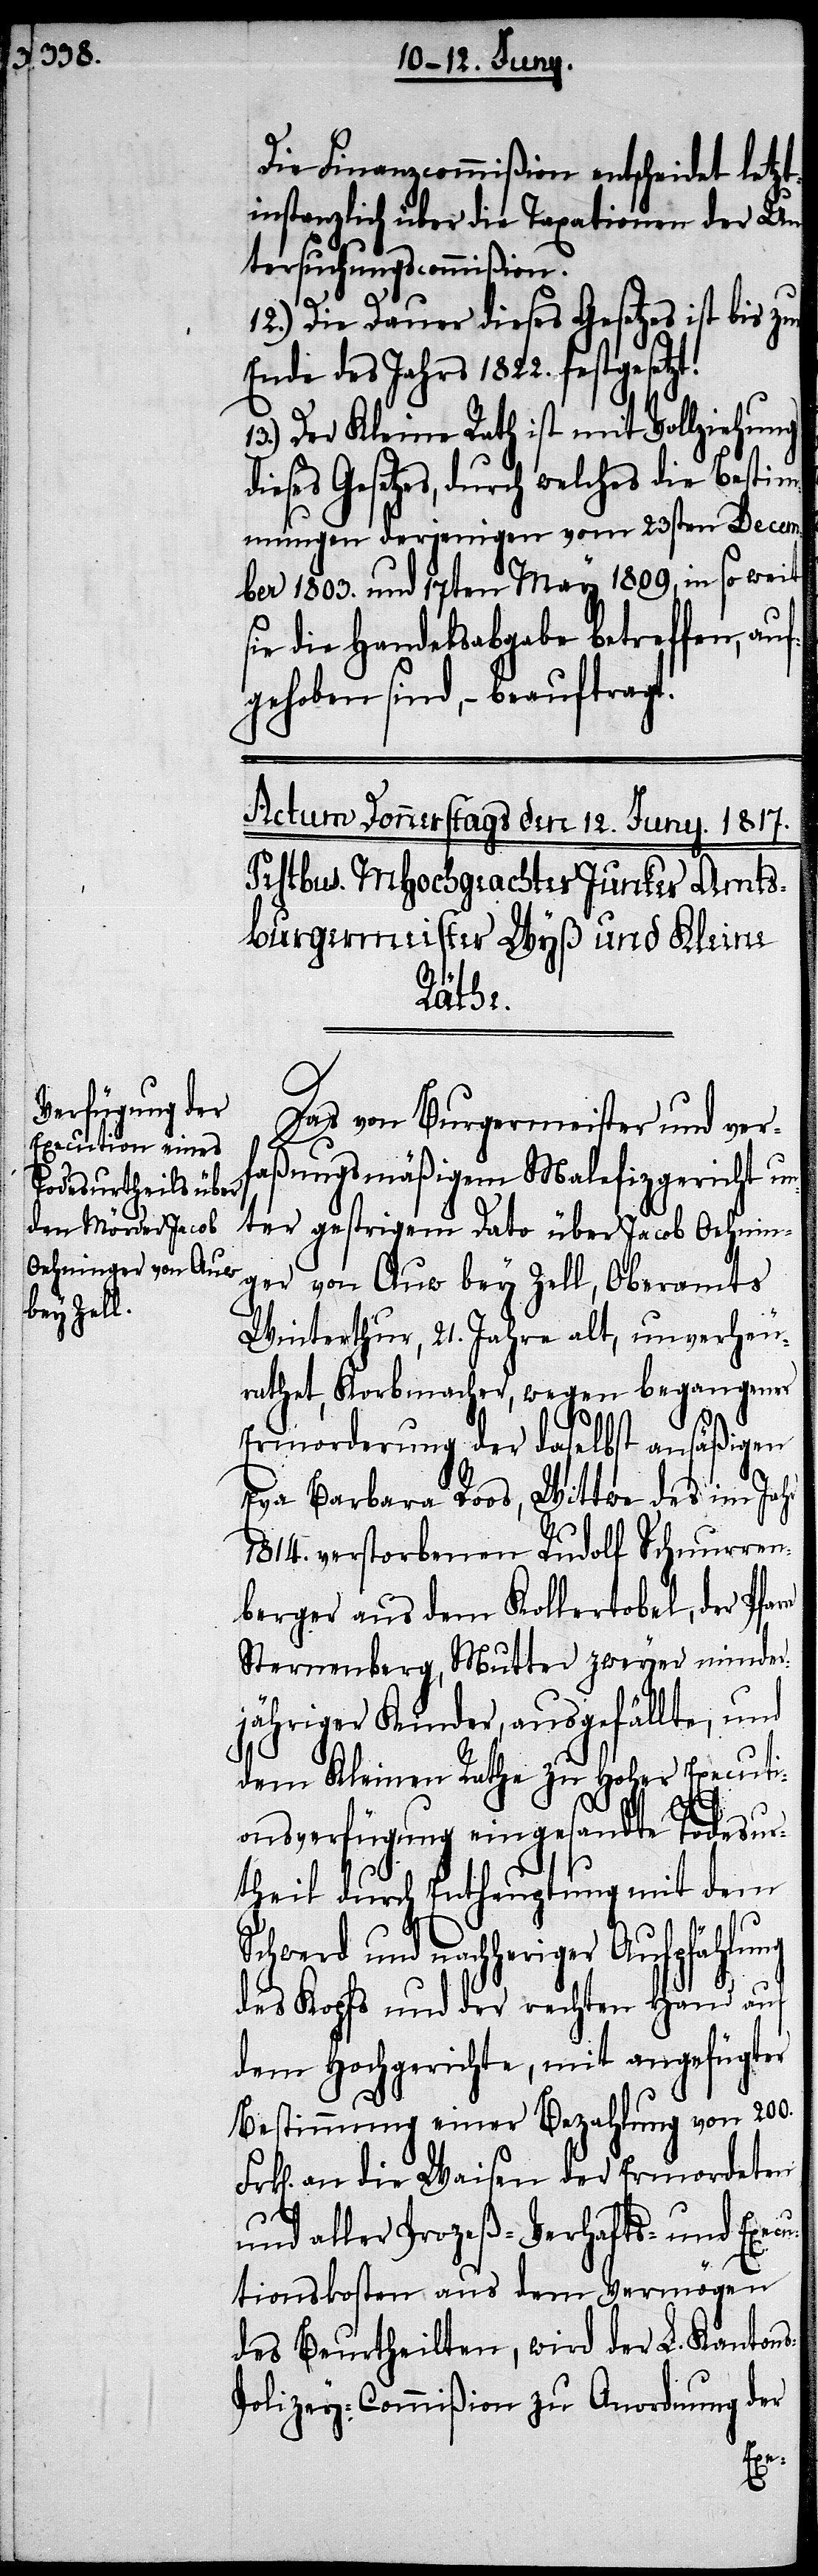
Die Finanzcommißion entscheidet letz¬
tinstanzlich über die Taxationen der Un¬
tersuchungscommißion.
12.) Die Dauer dieses Gesetzes ist bis zu
Ende des Jahrs 1822. festge¬
13.) Der Kleine Rath ist mit Vollziehung
ieses Gesetzes, durch welches die Bestim¬
mungen derjenigen vom 23sten Decem¬
ber 1803. und 17ten May 1809, in so weit
ie die Handelsabgabe betreffen, auf¬
gehoben sind, – beauftragt.
setzt.
Das von Burgermeister und verf¬
aßungsmäßigem Malefizgericht un¬
ter gestrigem Dato über Jacob Oehnin¬
ger von Auw bey Zell, Oberamts
Winterthur, 21. Jahre alt, unverheu¬
rathet, Korbmacher, wegen begangener
d¬
Ermordung der daselbst ansäßigen
Eva Barbara Roos, Wittwe des im Jahr
1814. verstorbenen Rudolf Schnurren¬
berger aus dem Kollertobel, der Pfar¬
Sternenberg, Mutter zweyer minder¬
jähriger Kinder, ausgefällte, und
dem Kleinen Rathe zu Hoher Executi¬
s-P¬
onsverfügung eingesandte Todesur¬
theil durch Enthauptung mit dem
Schwerd und nachheriger Aufpfählung
des Kopfs und der rechten Hand auf
dem Hochgerichte, mit angefügter
Bestimmung einer Bezahlung von 200.
an die Waisen der Ermordeten
und aller Prozeß- Verhafts- und Execu¬
tionskosten aus dem Vermögen
des Beurtheilten, wird der L. Kanton¬
olizey-Commißion zu Anordnung der
re